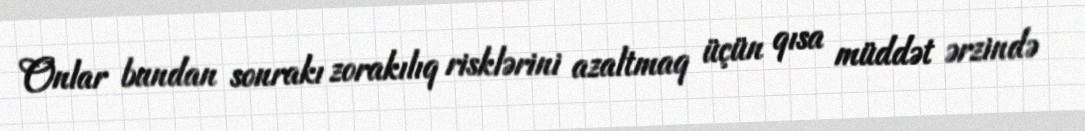
Onlar bundan sonrakı zorakılıq risklərini azaltmaq üçün qısa müddət ərzində